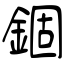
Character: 錮